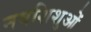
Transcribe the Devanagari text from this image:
नवशिशुओं